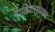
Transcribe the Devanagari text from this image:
माडियासारख्या